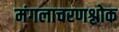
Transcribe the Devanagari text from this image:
मंगलाचरणश्लोक